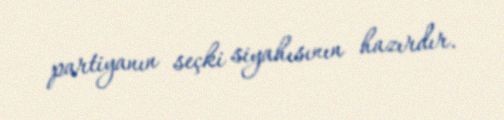
partiyanın seçki siyahısının hazırdır.